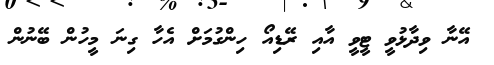
އޭނާ ވިދާޅުވީ ޓީވީ އާއި ރޭޑިއޯ ހިންގުމަށް އެހާ ގިނަ މީހުން ބޭނުން